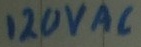
Text: 120VAC